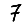
Digit: 7